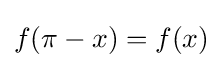
f(\pi -x)=f(x)